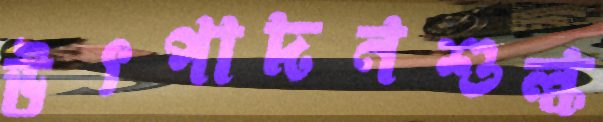
উৎপাদনশুল্ক